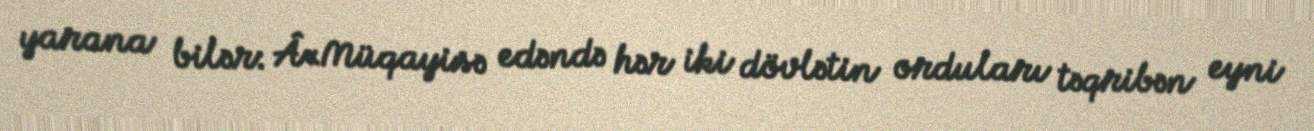
yarana bilər: Â«Müqayisə edəndə hər iki dövlətin orduları təqribən eyni